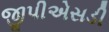
જીપીએસડી